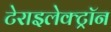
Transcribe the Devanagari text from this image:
टेराइलेक्ट्रॉन